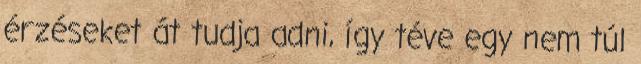
érzéseket át tudja adni, így téve egy nem túl